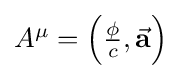
{\textstyle A^{\mu }=\left({\frac {\phi }{c}},{\vec {\mathbf {a} }}\right)}